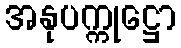
အနုပက္ကုဋ္ဌော